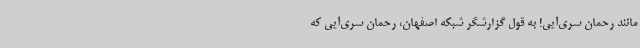
مانند رحمان سری‌آیی! به قول گزارشگر شبکه اصفهان، رحمان سری‌آیی که